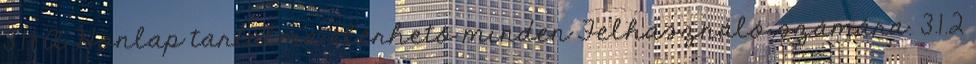
3.1.1 A Honlap tartalma elérhető minden Felhasználó számára. 3.1.2